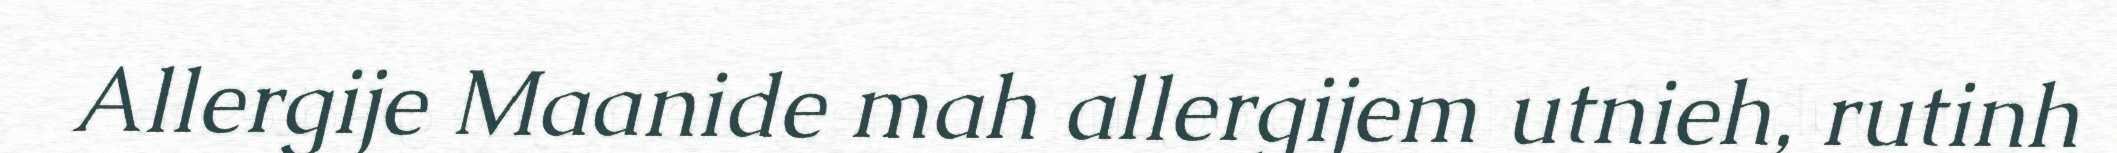
Allergije Maanide mah allergijem utnieh, rutinh